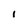
Character: l